Medical and sanitary report on the native army of Bombay for the year
Year: 1878
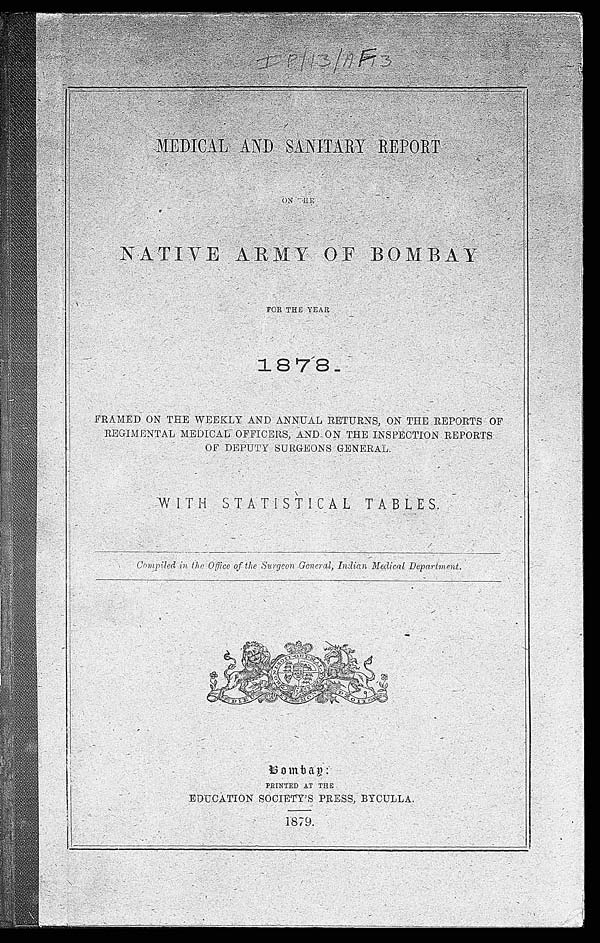
IP/13/AF 3
MEDICAL AND SANITARY REPORT
ON THE
NATIVE ARMY OF BOMBAY
FOR THE YEAR
FRAMED ON THE WEEKLY AND ANNUAL RETURNS, ON THE REPORTS OF
REGIMENTAL MEDICAL OFFICERS, AND ON THE INSPECTION REPORTS
OF DEPUTY SURGEONS GENERAL.
WITH STATISTICAL TABLES.
Compiled in the Office of the Surgeon General, Indian Medical Department.
Bombay:
PRINTED AT THE
EDUCATION SOCIETY'S PRESS, BYCULLA.
1879.